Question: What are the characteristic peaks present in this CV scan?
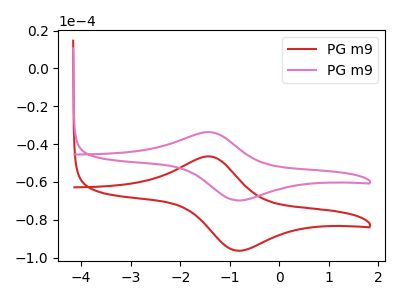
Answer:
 <answer>The red curve "PG m91" has an anodic peak at (-1.45V, -46.50uA) and a cathodic peak at (-0.85V, -96.40uA). The pink curve "PG m92" has an anodic peak at (-1.45V, -33.65uA) and a cathodic peak at (-0.85V, -69.80uA).</answer>
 <eval></eval>